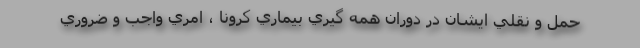
حمل و نقلي ايشان در دوران همه گيري بيماري كرونا ، امري واجب و ضروري